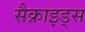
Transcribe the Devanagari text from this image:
सैक्राइड्स